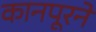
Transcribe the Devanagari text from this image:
कानपूरने